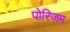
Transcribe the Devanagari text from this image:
पोरिज़म